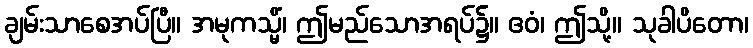
ချမ်းသာစေအပ်ပြီ။ အမုကသ္မိံ၊ ဤမည်သောအရပ်၌။ ဧဝံ၊ ဤသို့။ သုခါပိတော၊